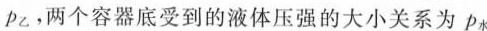
p_{乙}，两个容器底受到的液体压强的大小关系为p_{水}